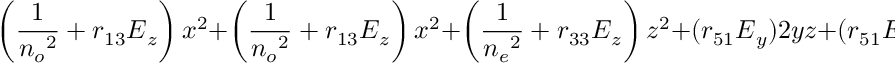
\left( \frac { 1 } { n { _ o } { ^ 2 } } + r { _ { 1 3 } } E { _ z } \right) x { ^ 2 } + \left( \frac { 1 } { n { _ o } { ^ 2 } } + r { _ { 1 3 } } E { _ z } \right) x { ^ 2 } + \left( \frac { 1 } { n { _ e } { ^ 2 } } + r { _ { 3 3 } } E { _ z } \right) z { ^ 2 } + ( r { _ { 5 1 } } E { _ y } ) 2 y z + ( r { _ { 5 1 } } E { _ x } ) 2 z x = 1